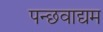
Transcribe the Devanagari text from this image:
पन्छवाद्यम